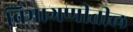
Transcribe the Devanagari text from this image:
विभागणीतील